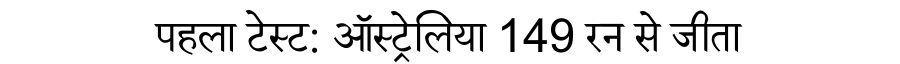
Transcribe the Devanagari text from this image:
पहला टेस्ट: ऑस्ट्रेलिया 149 रन से जीता